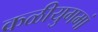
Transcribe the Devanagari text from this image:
कळीयुगमां